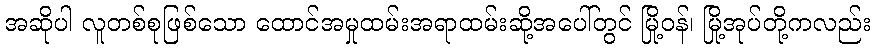
အဆိုပါ လူတစ်စုဖြစ်သော ထောင်အမှုထမ်းအရာထမ်းဆို့အပေါ်တွင် မြို့ဝန်၊ မြို့အုပ်တို့ကလည်း